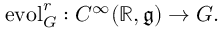
\operatorname { e v o l } _ { G } ^ { r } : C ^ { \infty } ( \mathbb { R } , { \mathfrak { g } } ) \to G .